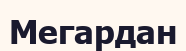
Мегардан